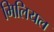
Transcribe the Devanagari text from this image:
मिलियल